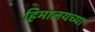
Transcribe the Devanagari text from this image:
हिमालयच्या